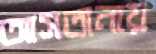
আসতানায়